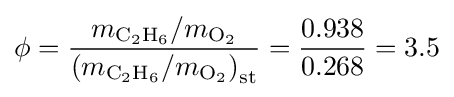
\phi ={\frac {m_{{\ce {C2H6}}}/m_{{\ce {O2}}}}{\left(m_{{\ce {C2H6}}}/m_{{\ce {O2}}}\right)_{\text{st}}}}={\frac {0.938}{0.268}}=3.5